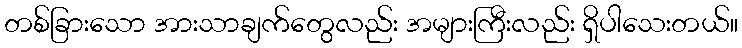
တစ်ခြားသော အားသာချက်တွေလည်း အများကြီးလည်း ရှိပါသေးတယ်။